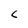
Character: c